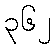
၃၆၂